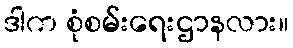
ဒါက စုံစမ်းရေးဌာနလား။